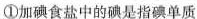
①加碘食盐中的碘是指碘单质